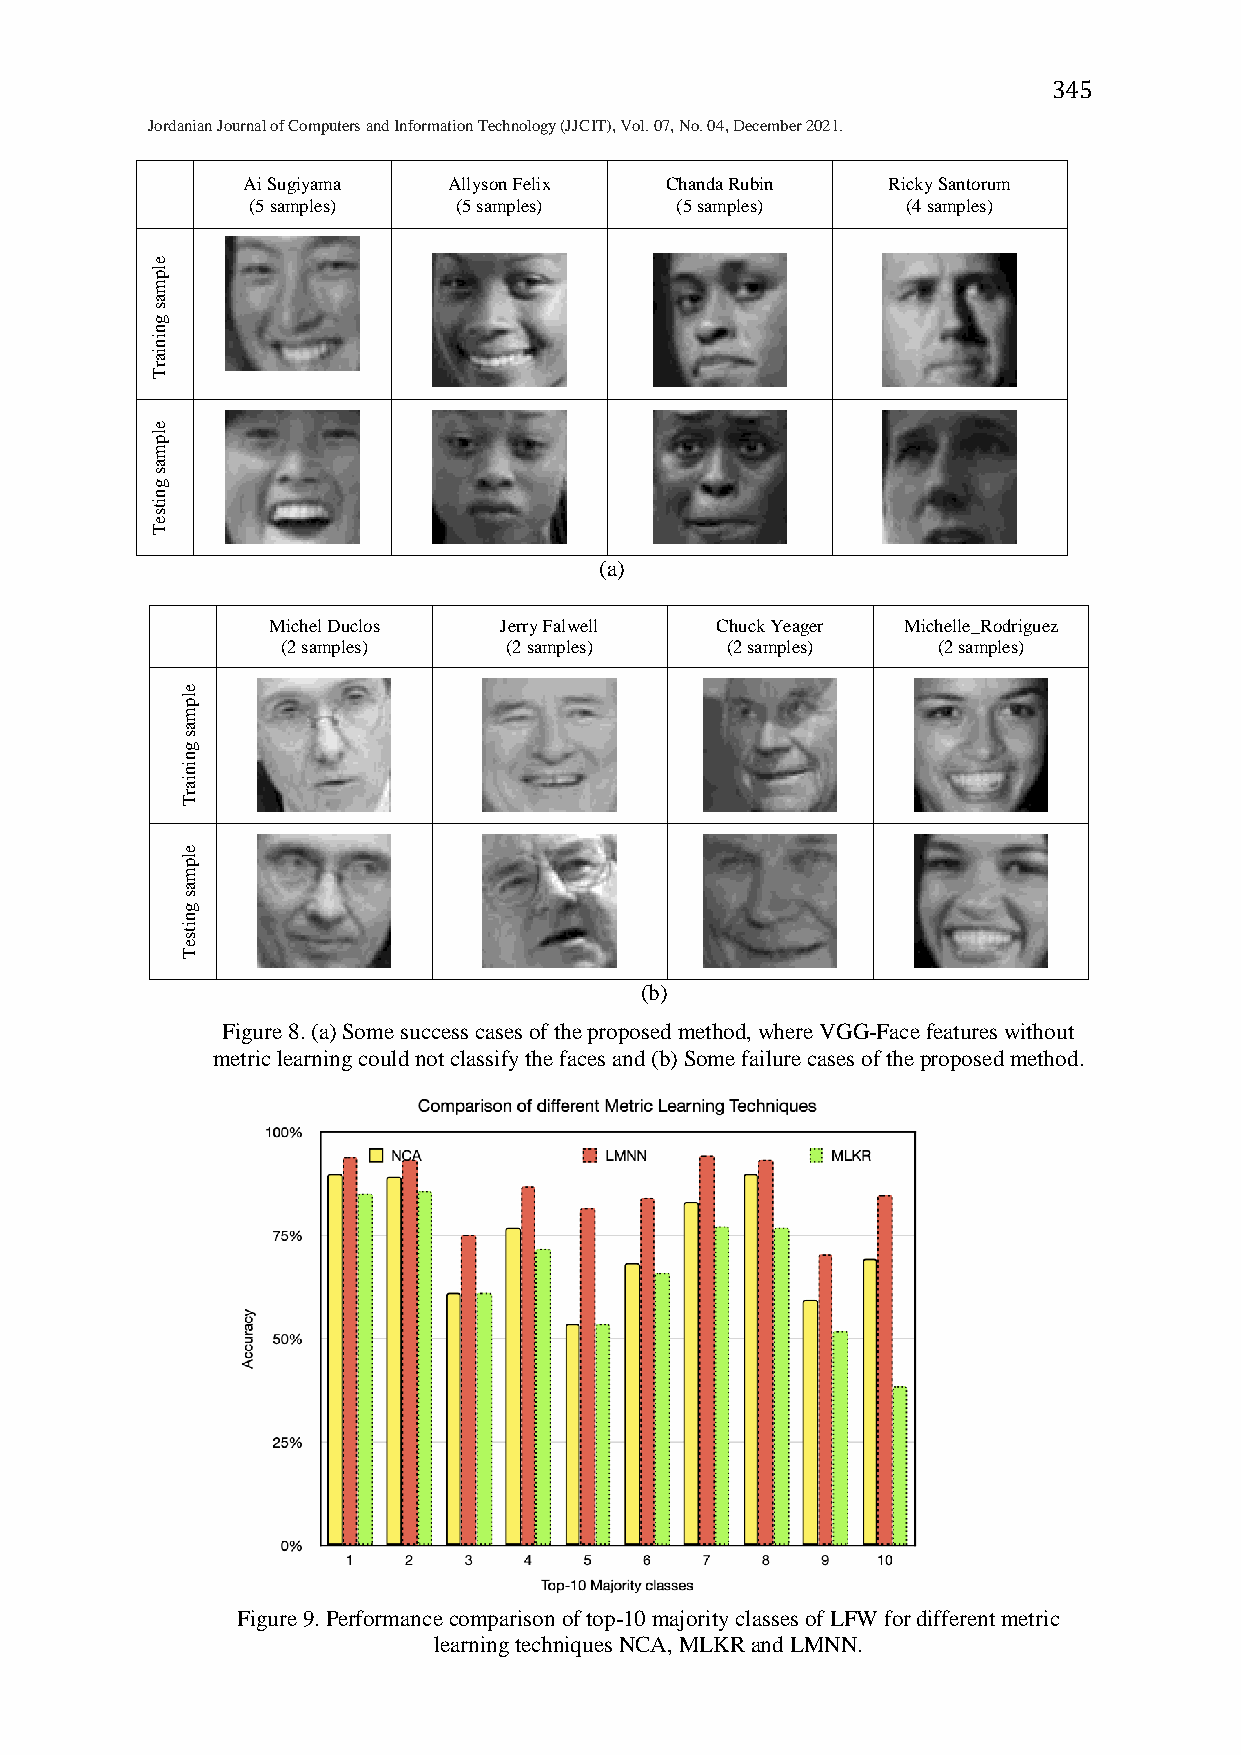
345
 Jordanian Journal of Computers and Information Technology (JJCIT), Vol. 07, No. 04, December 2021.
 Ai Sugiyama   Allyson Felix Chanda Rubin   Ricky Santorum
 (5 samples)   (5 samples)    (5 samples)    (4 samples)
 (a)
 Michel Duclos  Jerry Falwell Chuck Yeager Michelle_Rodriguez
 (2 samples)   (2 samples)    (2 samples)   (2 samples)
 (b)
 Figure 8. (a) Some success cases of the proposed method, where VGG-Face features without
 metric learning could not classify the faces and (b) Some failure cases of the proposed method.
 Figure 9. Performance comparison of top-10 majority classes of LFW for different metric
 learning techniques NCA, MLKR and LMNN.
 elpmas
 gniniarT
 elpmas
 gnitseT
 elpmas
 gniniarT
 elpmas
 gnitseT